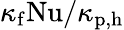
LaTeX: \kappa_{\mathrm{f}}\mathrm{Nu}/\kappa_{\mathrm{\textrm{p,h}}}